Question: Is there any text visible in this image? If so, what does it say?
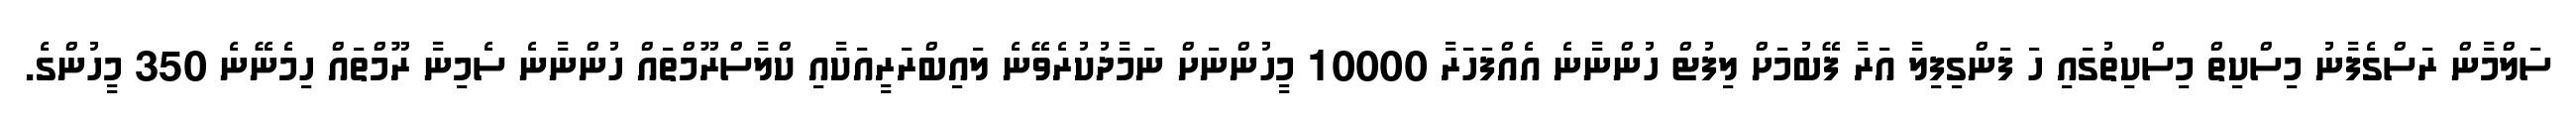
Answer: ސަލްމާން ރަސްގެފާނު މިސްކިތް މިސްކިތުގައި ހަ ފަންގިފިލާ އަރާ ފޭބުމަށް ލިފުޓް ހުންނާނެ އެއްފަހަރާ 10000 މީހުންނަށް ނަމާދުކުރެވޭނެ ލައިބްރަރީއަކާއި ކްލާސްރޫމްތައް ހުންނާނެ ސެމިނާ ރޫމްތައް ހިމެނޭނެ 350 މީހުންގެ.